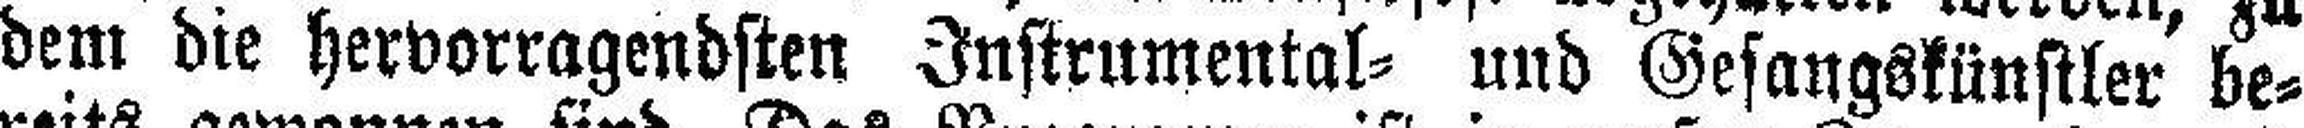
dem die hervorragendsten Instrumental= und Gesangskünstler be¬